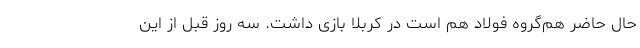
حال حاضر هم‌گروه فولاد هم است در کربلا بازی داشت. سه روز قبل از این